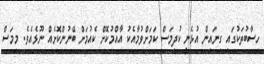
ހިސާބުތަކުގައި ގިނައިން އުޅެނީ ކުދިމަސް ކަމަށްވުމާއެކު އާއްމުކޮށް ކެއުމަށް ބޭނުންކޮށެއް ނޫޅެއެވެ. މިމަސް